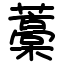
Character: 藁